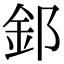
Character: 𫒉